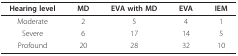
| Hearing level | MD | EVA with MD | EVA | IEM |
 | --- | --- | --- | --- | --- |
 | Moderate | 2 | 5 | 4 | 1 |
 | Severe | 6 | 17 | 14 | 5 |
 | Profound | 20 | 28 | 32 | 10 |